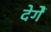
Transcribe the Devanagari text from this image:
देगेें